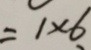
= 1 \times 6